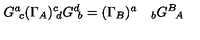
G ^ { a } \! _ { c } ( \Gamma _ { A } ) ^ { c } \! _ { d } G ^ { d } \! _ { b } = ( \Gamma _ { B } ) ^ { a } \quad _ { b } G ^ { B } \! _ { A }